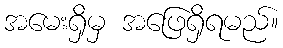
အမေးရှိမှ အဖြေရှိရမည်။